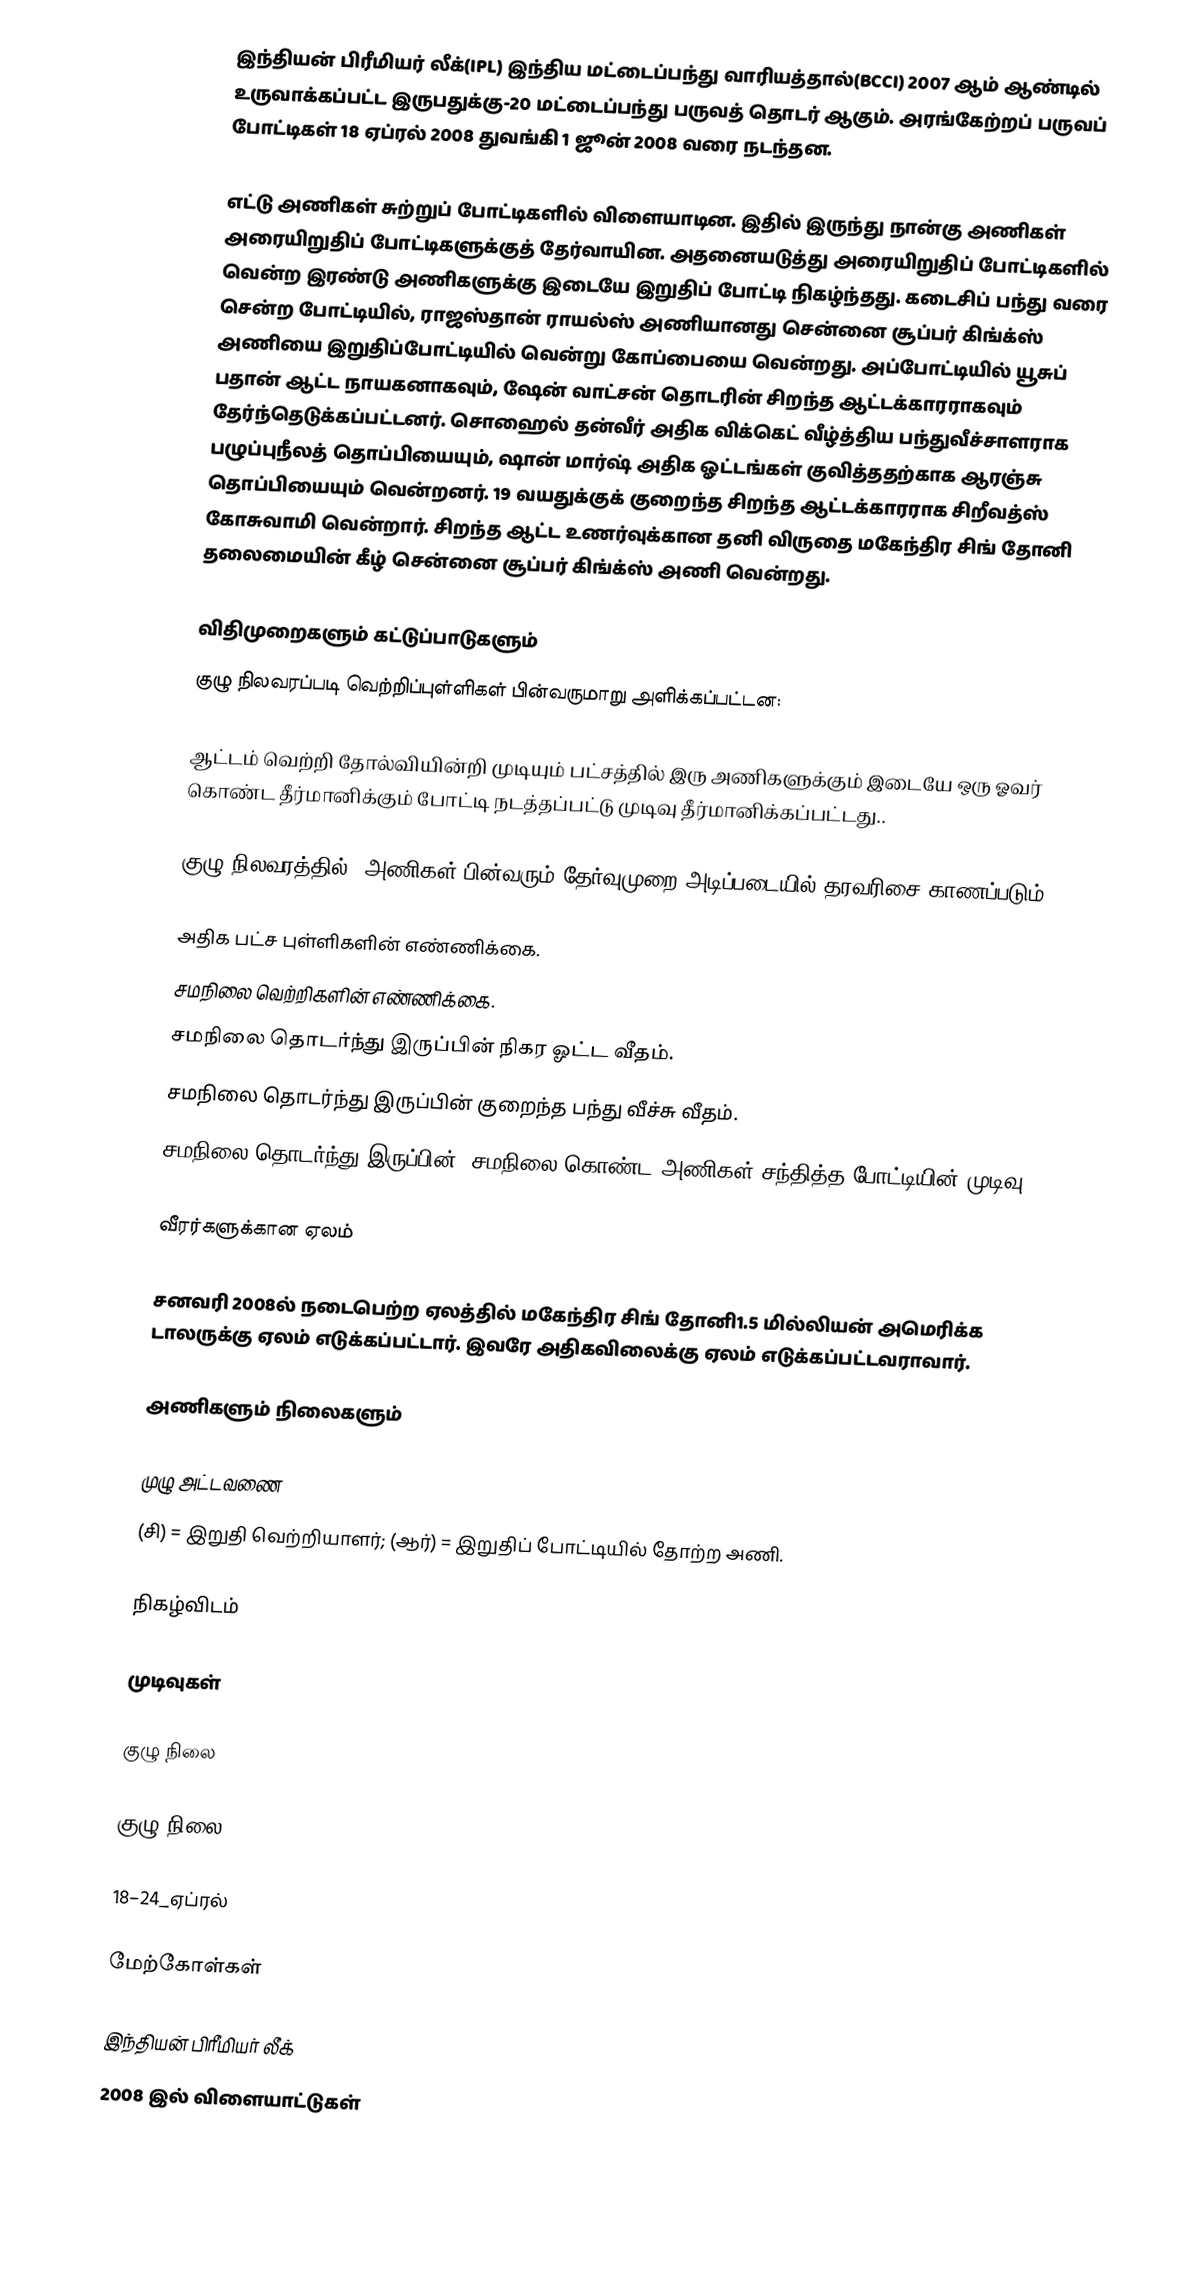
இந்தியன் பிரீமியர் லீக்(IPL) இந்திய மட்டைப்பந்து வாரியத்தால்(BCCI) 2007 ஆம் ஆண்டில் உருவாக்கப்பட்ட  இருபதுக்கு-20 மட்டைப்பந்து பருவத் தொடர் ஆகும். அரங்கேற்றப் பருவப் போட்டிகள் 18 ஏப்ரல் 2008 துவங்கி 1 ஜூன் 2008 வரை நடந்தன.

எட்டு அணிகள் சுற்றுப் போட்டிகளில் விளையாடின. இதில் இருந்து நான்கு அணிகள் அரையிறுதிப் போட்டிகளுக்குத் தேர்வாயின. அதனையடுத்து அரையிறுதிப் போட்டிகளில் வென்ற இரண்டு அணிகளுக்கு இடையே இறுதிப் போட்டி நிகழ்ந்தது. கடைசிப் பந்து வரை சென்ற போட்டியில், ராஜஸ்தான் ராயல்ஸ் அணியானது சென்னை சூப்பர் கிங்க்ஸ் அணியை இறுதிப்போட்டியில் வென்று கோப்பையை வென்றது. அப்போட்டியில் யூசுப் பதான் ஆட்ட நாயகனாகவும், ஷேன் வாட்சன் தொடரின் சிறந்த ஆட்டக்காரராகவும் தேர்ந்தெடுக்கப்பட்டனர். சொஹைல் தன்வீர் அதிக விக்கெட் வீழ்த்திய பந்துவீச்சாளராக பழுப்புநீலத் தொப்பியையும், ஷான் மார்ஷ் அதிக ஓட்டங்கள் குவித்ததற்காக ஆரஞ்சு தொப்பியையும் வென்றனர். 19 வயதுக்குக் குறைந்த சிறந்த ஆட்டக்காரராக சிறீவத்ஸ் கோசுவாமி வென்றார். சிறந்த ஆட்ட உணர்வுக்கான தனி விருதை மகேந்திர சிங் தோனி தலைமையின் கீழ் சென்னை சூப்பர் கிங்க்ஸ் அணி வென்றது.

விதிமுறைகளும் கட்டுப்பாடுகளும்
குழு நிலவரப்படி வெற்றிப்புள்ளிகள் பின்வருமாறு அளிக்கப்பட்டன:

ஆட்டம் வெற்றி தோல்வியின்றி முடியும் பட்சத்தில் இரு அணிகளுக்கும் இடையே ஒரு ஓவர் கொண்ட தீர்மானிக்கும் போட்டி நடத்தப்பட்டு முடிவு தீர்மானிக்கப்பட்டது..

குழு நிலவரத்தில், அணிகள் பின்வரும் தேர்வுமுறை அடிப்படையில் தரவரிசை காணப்படும்.

 அதிக பட்ச புள்ளிகளின் எண்ணிக்கை.
 சமநிலை வெற்றிகளின் எண்ணிக்கை.
 சமநிலை தொடர்ந்து இருப்பின் நிகர ஓட்ட வீதம்.
 சமநிலை தொடர்ந்து இருப்பின் குறைந்த பந்து வீச்சு வீதம்.
 சமநிலை தொடர்ந்து இருப்பின், சமநிலை கொண்ட அணிகள் சந்தித்த போட்டியின் முடிவு.

வீரர்களுக்கான ஏலம்

சனவரி 2008ல் நடைபெற்ற ஏலத்தில் மகேந்திர சிங் தோனி1.5 மில்லியன் அமெரிக்க டாலருக்கு ஏலம் எடுக்கப்பட்டார். இவரே அதிகவிலைக்கு ஏலம் எடுக்கப்பட்டவராவார்.

அணிகளும் நிலைகளும்

 முழு அட்டவணை
(சி) = இறுதி வெற்றியாளர்; (ஆர்) = இறுதிப் போட்டியில் தோற்ற அணி.

நிகழ்விடம்

முடிவுகள்

குழு நிலை

குழு நிலை

18–24_ஏப்ரல்

மேற்கோள்கள்

இந்தியன் பிரீமியர் லீக்
2008 இல் விளையாட்டுகள்